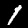
Label: 1